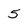
Character: 5